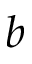
b